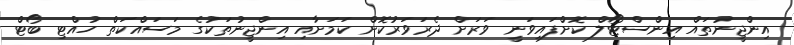
އިންޖީނުތައް އިންސްޓޯލް ކޮށްފައިވަނީ ވަރަށް ދެރަވަރުކޮށް ކަމަށާއި އިންޖީނުތަކުގެ މަސައްކަތް ހުއްޓި ބޯޓް